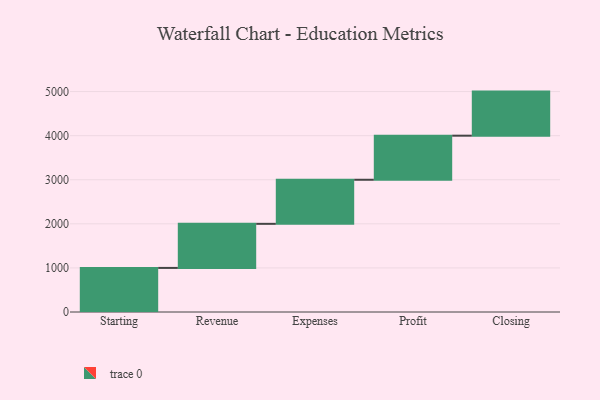
{"axis": {"x": "Step", "y": "Value"}, "legend": [""], "data": [{"x": "Starting", "y": 1000, "type": ""}, {"x": "Revenue", "y": 1000, "type": ""}, {"x": "Expenses", "y": 1000, "type": ""}, {"x": "Profit", "y": 1000, "type": ""}, {"x": "Closing", "y": 1000, "type": ""}]}